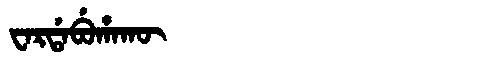
Manchu: ᠸᠠᡵᡩᠠᠪᡠᡥᠠᡴᡡ
Romanization: WARDABUHAKŪ